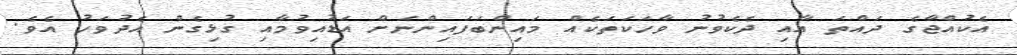
އެކުއްޖާގެ ދައްތަ އާއި ދެކެވުނު ވާހަކަތަކެއް މައިންބަފައިންނަށް އަޑުއިވުމާއި ގުޅިގެން އެދުވަހު އެވެ.